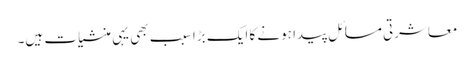
معاشرتی مسائل پیدا ہونے کا ایک بڑا سبب بھی یہی منشیات ہیں۔